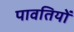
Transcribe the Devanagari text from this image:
पावतियों